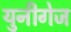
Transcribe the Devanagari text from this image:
युनीगेज